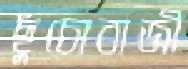
ছুঁচোবাজী